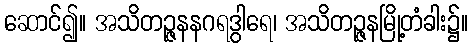
ဆောင်၍။ အသိတဉ္ဇနနဂရဒွါရေ၊ အသိတဉ္ဇနမြို့တံခါး၌။